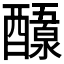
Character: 𬪷